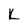
Character: K